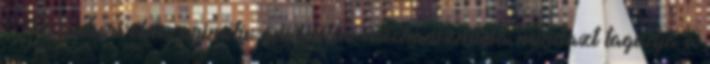
"Az emberi elme primitív önvédelmi mechanizmusa mindazt tagadja a